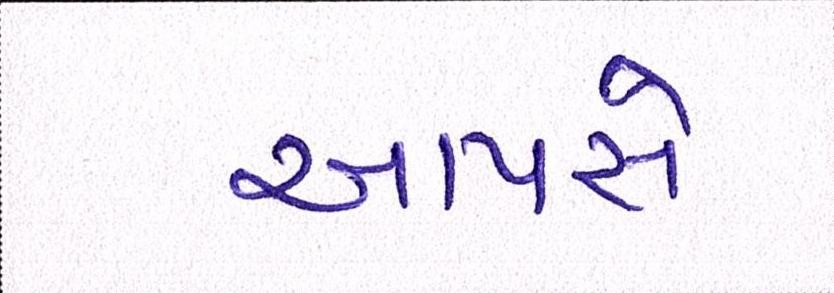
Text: આપસે